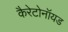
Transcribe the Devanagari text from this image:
कैरेटोनॉयड